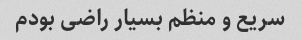
سریع و منظم بسیار راضی بودم